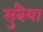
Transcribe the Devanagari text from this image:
सुबैया